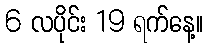
6 လပိုင်း 19 ရက်နေ့။